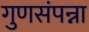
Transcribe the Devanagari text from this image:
गुणसंपन्ना